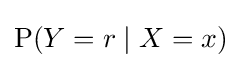
\operatorname {P} (Y=r\mid X=x)